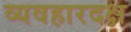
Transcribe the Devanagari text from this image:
व्यवहारदक्ष